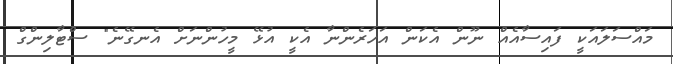
މައްސަލައަކީ ފައިސާއެއް ނޫން އެކަން އަހަރެންނާ އެކީ އުޅޭ މީހުންނަށް އެނގޭނެ" ސްޓާލިންގް